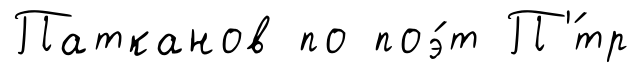
Патканов по поэ́т П'́тр